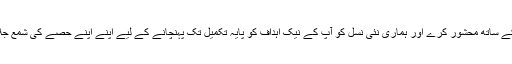
اللہ آپ کو شہدائے کربلا کے ساتھ محشور کرے اور ہماری نئی نسل کو آپ کے نیک اہداف کو پایہ تکمیل تک پہنچانے کے لیے اپنے اپنے حصے کی شمع جلاتے رہنے کی توفیق دے!